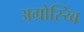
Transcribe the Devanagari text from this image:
अग्रोस्य्बि